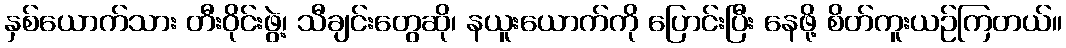
နှစ်ယောက်သား တီးဝိုင်းဖွဲ့၊ သီချင်းတွေဆို၊ နယူးယောက်ကို ပြောင်းပြီး နေဖို့ စိတ်ကူးယဉ်ကြတယ်။